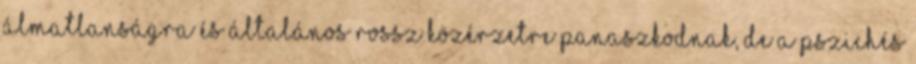
álmatlanságra és általános rossz közérzetre panaszkodnak, de a pszichés